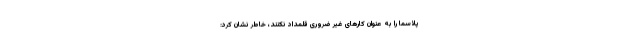
پلاسما را به عنوان کارهای غیر ضروری قلمداد نکنند، خاطر نشان کرد: